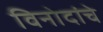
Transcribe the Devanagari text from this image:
विनोदांचे